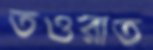
তওরাত